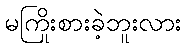
မကြိုးစားခဲ့ဘူးလား